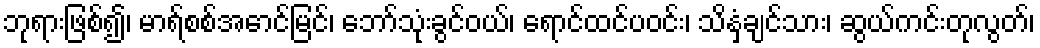
ဘုရားဖြစ်၍၊ မာရ်စစ်အောင်မြင်၊ ဘော်သုံးခွင်ဝယ်၊ ရောင်ထင်ပဝင်း၊ သိနှံ့ချင်သား၊ ဆွယ်ကင်းတုလွတ်၊